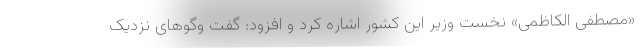
«مصطفی الکاظمی» نخست وزیر این کشور اشاره کرد و افزود: گفت وگوهای نزدیک